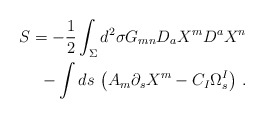
\begin{align*}S=-\frac{1}{2}\int_\Sigma d^2\sigma G_{mn}D_a X^mD^aX^n \\-\int ds\, \left(A_m\partial_sX^m-C_I\Omega^I _s\right) \, .\end{align*}